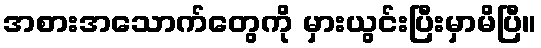
အစားအသောက်တွေကို မှားယွင်းပြီးမှာမိပြီ။